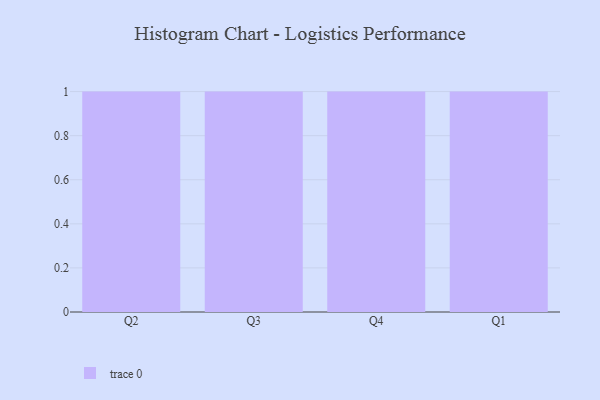
{"axis": {"x": "Quarter", "y": "Humidity (%)"}, "legend": [""], "data": [{"x": "Q2", "y": 18, "type": ""}, {"x": "Q3", "y": 8, "type": ""}, {"x": "Q4", "y": 29, "type": ""}, {"x": "Q1", "y": 14, "type": ""}]}